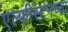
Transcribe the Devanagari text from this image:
एल्फीस्टनच्या